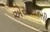
એસઆરસી